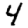
Digit: 4